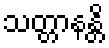
သတ္တာနန္တိ